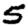
Digit: 5